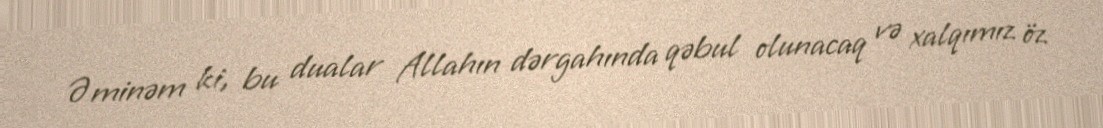
Əminəm ki, bu dualar Allahın dərgahında qəbul olunacaq və xalqımız öz